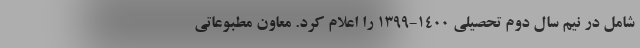
شامل در نیم سال دوم تحصیلی ۱۴۰۰-۱۳۹۹ را اعلام کرد. معاون مطبوعاتی